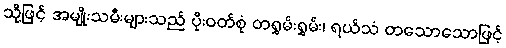
သို့ဖြင့် အမျိုးသမီးများသည် ပိုးဝတ်စုံ တရွှမ်းရွှမ်း၊ ရယ်သံ တသောသောဖြင့်